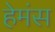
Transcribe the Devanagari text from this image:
हेमंस